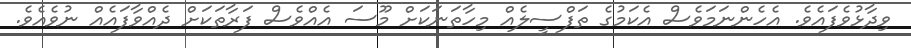
ވިދާޅުވެފައެވެ. އެހެންނަމަވެސް އެކަމުގެ ތަފްސީލެއް މިހާތަނަކަށް މޫސަ އެއްވެސް ފަރާތަކަށް ދެއްވާފައެއް ނުވެއެވެ.